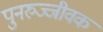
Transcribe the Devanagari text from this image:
पुनरुज्जीवक